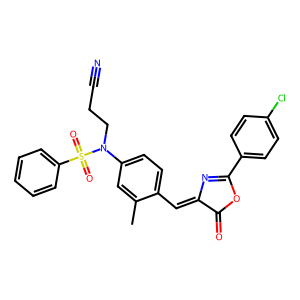
SMILES: Cc1cc(N(CCC#N)S(=O)(=O)c2ccccc2)ccc1C=C1N=C(c2ccc(Cl)cc2)OC1=O
Inhibits HIV replication: No